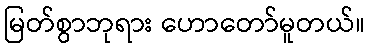
မြတ်စွာဘုရား ဟောတော်မူတယ်။